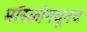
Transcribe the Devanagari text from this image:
मॉस्कोमधूनच